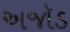
અજૉડ